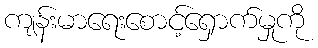
ကျန်းမာရေးစောင့်ရှောက်မှုကို